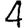
Digit: 4